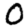
Digit: 0